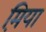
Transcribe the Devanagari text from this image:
म़िया